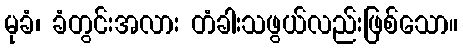
မုခံ၊ ခံတွင်းအလား တံခါးသဖွယ်လည်းဖြစ်သော။